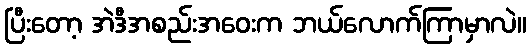
ပြီးတော့ အဲဒီအစည်းအဝေးက ဘယ်လောက်ကြာမှာလဲ။